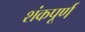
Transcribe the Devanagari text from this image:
शंकपूर्ण